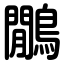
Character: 鷳